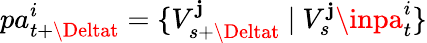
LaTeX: pa_{t+\Deltat}^{i}=\{ V_{s+\Deltat}^{\mathbf{j}}~\vert~V_{s}^{\mathbf{j}}\inpa_{t}^{i}\}